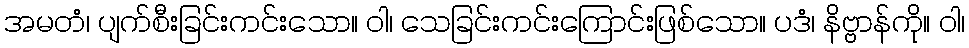
အမတံ၊ ပျက်စီးခြင်းကင်းသော။ ဝါ၊ သေခြင်းကင်းကြောင်းဖြစ်သော။ ပဒံ၊ နိဗ္ဗာန်ကို။ ဝါ၊